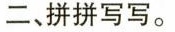
二、拼拼写写。